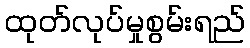
ထုတ်လုပ်မှုစွမ်းရည်